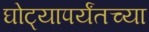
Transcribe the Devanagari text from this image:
घोट्यापर्यंतच्या